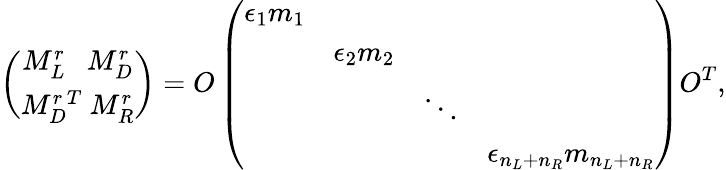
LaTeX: {\binom{M_{L}^{r}\ \ \ M_{D}^{r}}{M_{D}^{r\ T}\ M_{R}^{r}}}=O\left(\begin{array}{cccc}{{\epsilon_{1}m_{1}}}&{{}}&{{}}&{{}}\\ {{}}&{{\epsilon_{2}m_{2}}}&{{}}&{{}}\\ {{}}&{{}}&{{\ddots}}&{{}}\\ {{}}&{{}}&{{}}&{{\epsilon_{n_{L}+n_{R}}m_{n_{L}+n_{R}}}}\end{array}\right)O^{T},